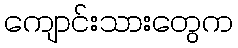
ကျောင်းသားတွေက